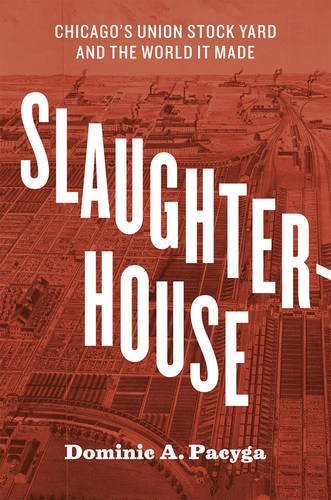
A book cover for Slaughterhouse: Chicago's Union Stock Yard and the World It Made; Dominic A. Pacyga; Cookbooks, Food & Wine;